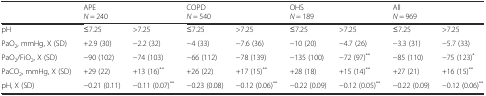
<table><thead><tr><td></td><td colspan="2"><b>APE<i>N</i> = 240</b></td><td colspan="2"><b>COPD<i>N</i> = 540</b></td><td colspan="2"><b>OHS<i>N</i> = 189</b></td><td colspan="2"><b>All<i>N</i> = 969</b></td></tr></thead><tbody><tr><td>pH</td><td>≤7.25</td><td>&gt;7.25</td><td>≤7.25</td><td>&gt;7.25</td><td>≤7.25</td><td>&gt;7.25</td><td>≤7.25</td><td>&gt;7.25</td></tr><tr><td>PaO<sub>2</sub>, mmHg, X (SD)</td><td>+2.9 (30)</td><td>−2.2 (32)</td><td>−4 (33)</td><td>−7.6 (36)</td><td>−10 (20)</td><td>−4.7 (26)</td><td>−3.3 (31)</td><td>−5.7 (33)</td></tr><tr><td>PaO<sub>2</sub>/FiO<sub>2</sub>, X (SD)</td><td>−90 (102)</td><td>−74 (103)</td><td>−66 (112)</td><td>−78 (139)</td><td>−135 (100)</td><td>−72 (97)<sup>**</sup></td><td>−85 (110)</td><td>−75 (123)<sup>*</sup></td></tr><tr><td>PaCO<sub>2</sub>, mmHg, X (SD)</td><td>+29 (22)</td><td>+13 (16)<sup>**</sup></td><td>+26 (22)</td><td>+17 (15)<sup>**</sup></td><td>+28 (18)</td><td>+15 (14)<sup>**</sup></td><td>+27 (21)</td><td>+16 (15)<sup>**</sup></td></tr><tr><td>pH, X (SD)</td><td>−0.21 (0.11)</td><td>−0.11 (0.07)<sup>**</sup></td><td>−0.23 (0.08)</td><td>−0.12 (0.06)<sup>**</sup></td><td>−0.22 (0.09)</td><td>−0.12 (0.05)<sup>**</sup></td><td>−0.22 (0.09)</td><td>−0.12 (0.06)<sup>**</sup></td></tr></tbody></table>